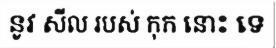
នូវ សីល របស់ កុក នោះ ទេ